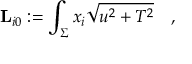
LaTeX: { \bf L } _ { i 0 } : = \int _ { \Sigma } x _ { i } \sqrt { u ^ { 2 } + T ^ { 2 } } \quad ,